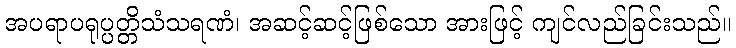
အပရာပရုပ္ပတ္တိသံသရဏံ၊ အဆင့်ဆင့်ဖြစ်သော အားဖြင့် ကျင်လည်ခြင်းသည်။